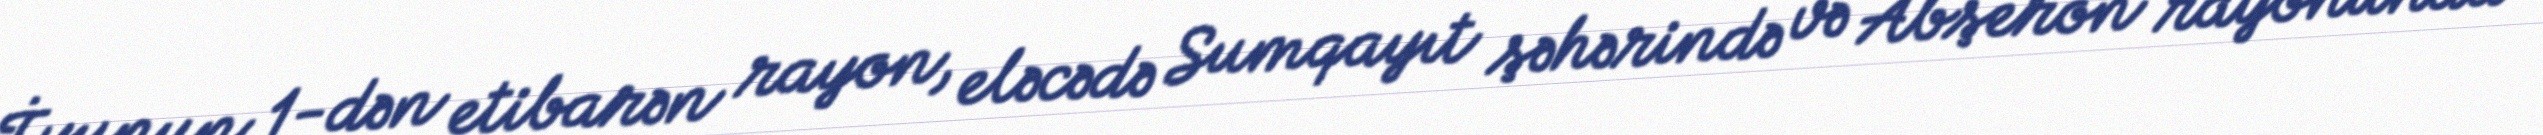
İyunun 1-dən etibarən rayon, eləcədə Sumqayıt şəhərində və Abşeron rayonunda